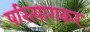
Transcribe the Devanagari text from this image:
परित्यागकर